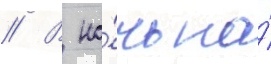
// В но́чь на́